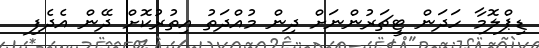
ޑިޕްލޮމާ ހަދަން ޓީޗަރުންނަށް ދިން މުއްދަތު އިތުރުކޮށް ދޭން އެދެފި